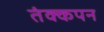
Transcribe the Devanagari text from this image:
तंक्कपन